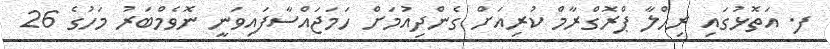
ފ. އަތޮޅުގައި ރިހްލާ ޕްރޮގްރާމް ކުރިއަށް ގެންދިއުމަށް ހަމަޖައްސާފައިވަނީ ނޮވެމްބަރު މަހުގެ 26